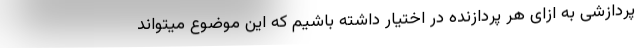
پردازشی به ازای هر پردازنده در اختیار داشته باشیم که این موضوع میتواند